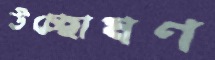
উচ্ছোষণ